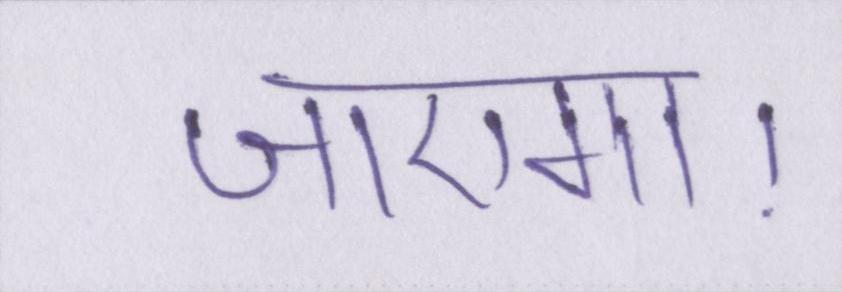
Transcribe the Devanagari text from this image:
जाएगा।